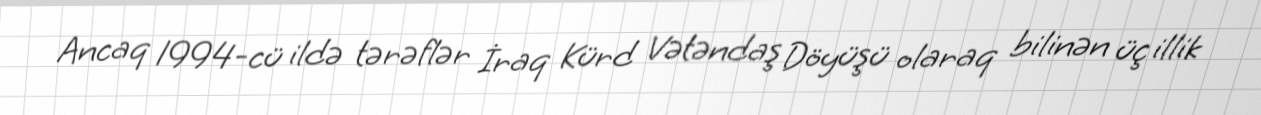
Ancaq 1994-cü ildə tərəflər İraq Kürd Vətəndaş Döyüşü olaraq bilinən üç illik